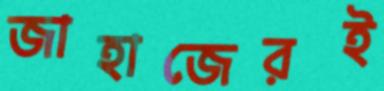
জাহাজেরই